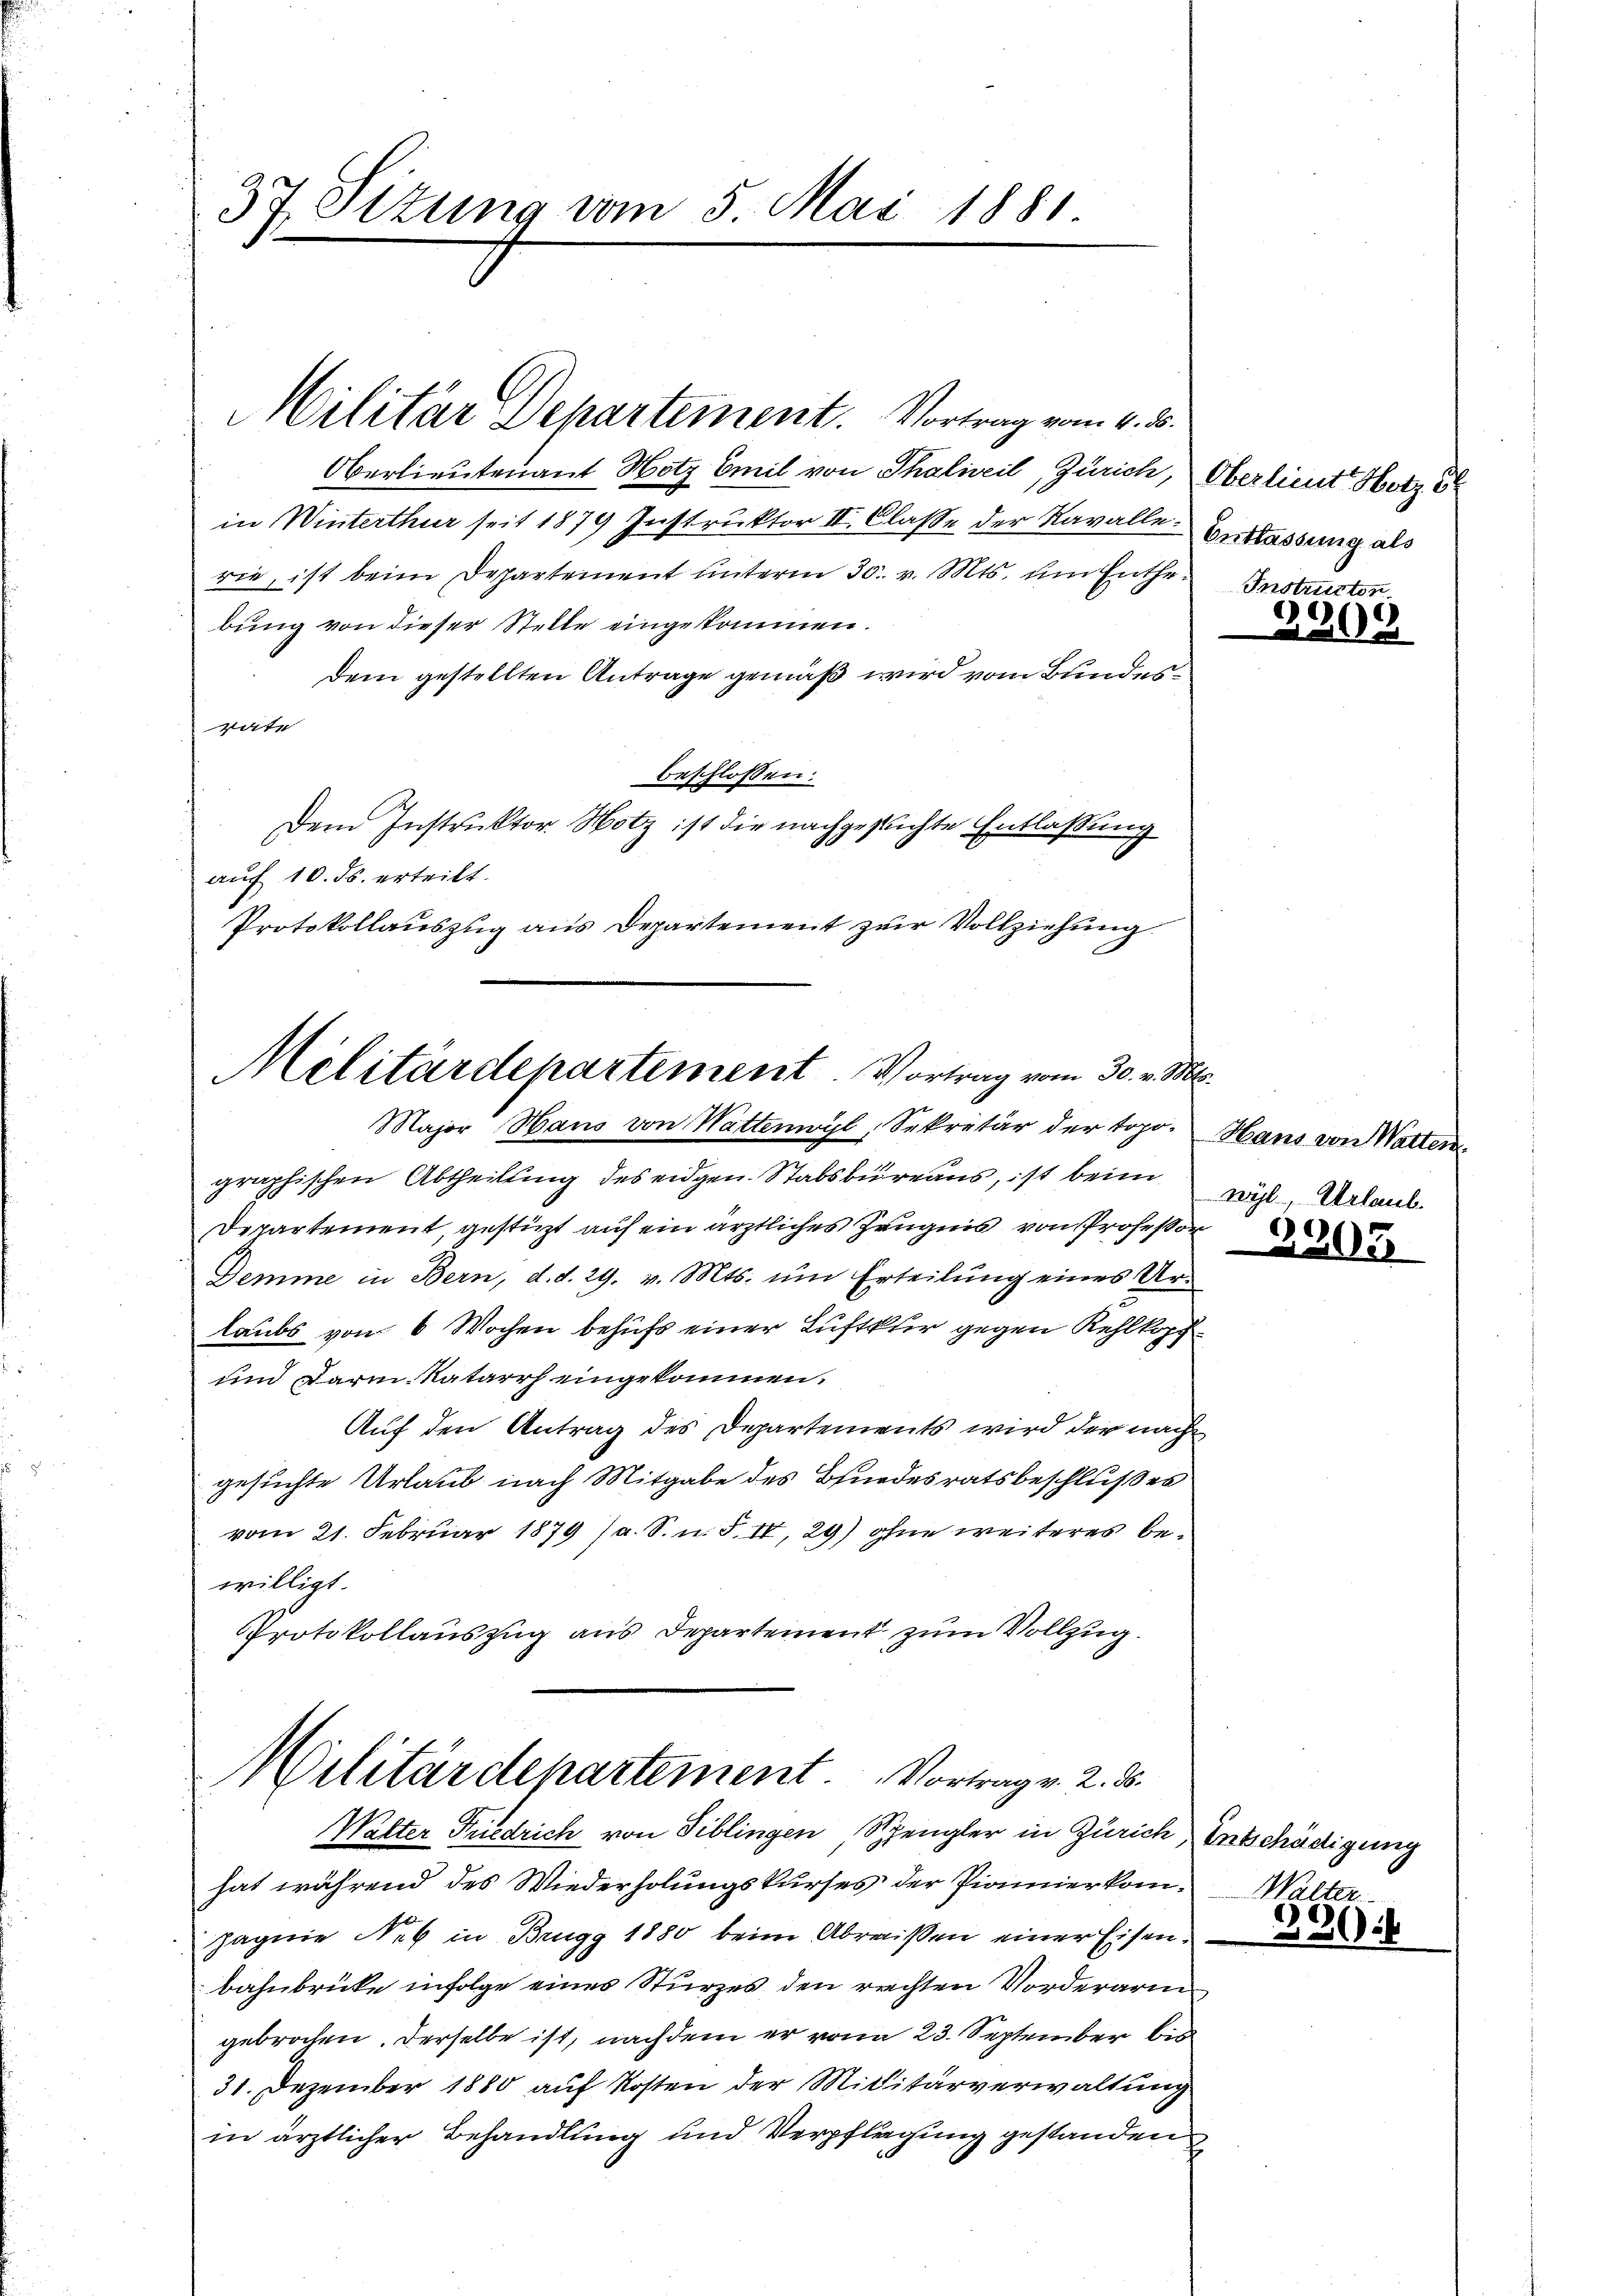
37 Sizung vom 5. Mai 1881.

Oberlieutenant Hotz Emil von Thalweil, Zürich, Oberlieut. Hotz
in Winterthur seit 1879 Instruktor II. Classe der Kavalle Entlassung als
rie, ist beim Departement unterm 30. v. Mts. um Enthebung von dieser Stelle eingekommen.
dem gestellten Antrage gemäß wird vom Bundesvate
beschlossen:
Dem Instruktor Notz ist die nachgesuchte Entlassung
auf 10. ds. erteilt.
Protokollauszug aus Departement zur Vollziehung
graphischen Abtheilung des eidgen. Stabsbureaus, ist beim
Departement, gestüzt auf ein ärztliches Zeugnis von Professor
Demme in Bern, d. d. 29. v. Mts. ŭm Erteilŭng eines Ur-
laubs von 6 Wochen behufs einer Luftkur gegen Kehlkopf
und darm Natarrh eingekommen.
Auf den Antrag des Departements wird der nach
gesuchte Urlaub nach Mitgabe des Bundesratsbeschlußes
vom 21. Februar 1879 (a. S. n. F. IV, 29) ohne weiteres bewilligt.
Protokollauszug aus Departement zum Vollzug.
Militärdepartement. Vortrag v. 2. ds.
Walter Friedrich von Tiblingen Spengler in Zürich, Entschädigung
hat während des Wiederholungskurses der Pianerkom¬
Jagnie Nek in Brugg 1880 beim Abreißen einer Eisenbahnbrücke infolge eines Sturzes den rechten Vorderarigebrochen. Derselbe ist, nachdem er von 23. September bis
31. Dezember 1880 auf Kosten der Militärverwaltung
in ärztlicher Behandlung und Verpflegung gestanden

Militar Departement. Vortrag vom 4. d.

Militärdepartement. Vortrag vom 30. v. Mts.
Major Haus von Wattenwyl, Sekretär der topo- Hans von Waltern

Instruction

230.

wil, Urlaub.

2205

Walter

2
x